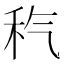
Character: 𥝬